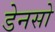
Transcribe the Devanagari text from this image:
डेनसो